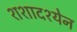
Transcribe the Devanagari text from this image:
शशादश्येन